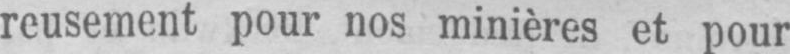
pour nos minières et pour